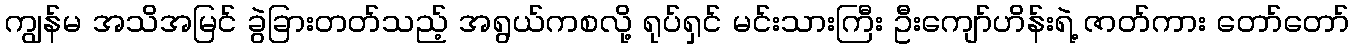
ကျွန်မ အသိအမြင် ခွဲခြားတတ်သည့် အရွယ်ကစလို့ ရုပ်ရှင် မင်းသားကြီး ဦးကျော်ဟိန်းရဲ့ ဇာတ်ကား တော်တော်